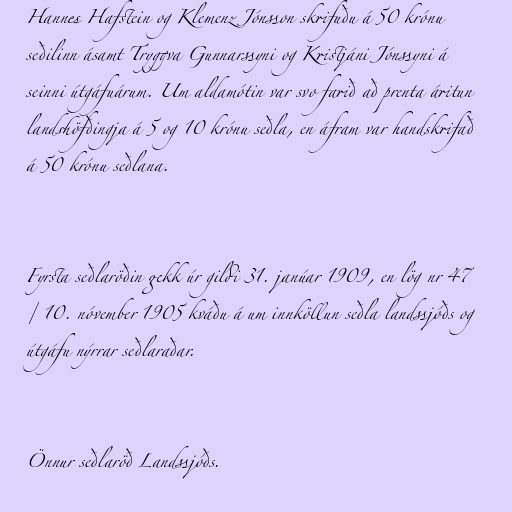
Hannes Hafstein og Klemenz Jónsson skrifuðu á 50 krónu
seðilinn ásamt Tryggva Gunnarssyni og Kristjáni Jónssyni á
seinni útgáfuárum. Um aldamótin var svo farið að prenta áritun
landshöfðingja á 5 og 10 krónu seðla, en áfram var handskrifað
á 50 krónu seðlana.

Fyrsta seðlaröðin gekk úr gildi 31. janúar 1909, en lög nr 47
/ 10. nóvember 1905 kváðu á um innköllun seðla landssjóðs og
útgáfu nýrrar seðlaraðar.

Önnur seðlaröð Landssjóðs.